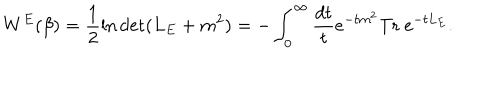
W ^ { E } ( \beta ) = \frac 1 2 \ln \det ( L _ { E } + m ^ { 2 } ) = - \int _ { 0 } ^ { \infty } { \frac { d t } { t } } e ^ { - t m ^ { 2 } } \mathrm { T r } ~ e ^ { - t L _ { E } } .